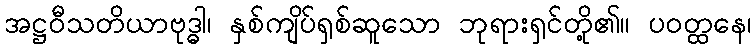
အဋ္ဌဝီသတိယာဗုဒ္ဓါ၊ နှစ်ကျိပ်ရှစ်ဆူသော ဘုရားရှင်တို့၏။ ပဝတ္ထနေ၊